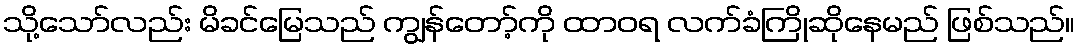
သို့သော်လည်း မိခင်မြေသည် ကျွန်တော့်ကို ထာဝရ လက်ခံကြိုဆိုနေမည် ဖြစ်သည်။